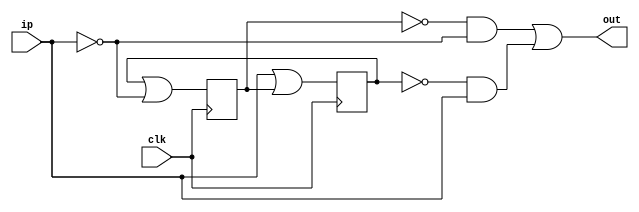
// {a,b}---> State
// 00 --> Start
// 01 --> Zero state
// 10 --> One state
// 11 --> Reject state

module fsm(input clk,input ip,output wire out);
	reg a=0,b=0;
	always @(posedge clk) begin
		a <= (ip | b);
		b <= (a | (~ip));
	end
	assign out=((~b)&(~ip)) | ((~a) & ip);

endmodule